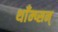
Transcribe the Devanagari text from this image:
थाँम्प्सन्